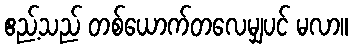
ဧည့်သည် တစ်ယောက်တလေမျှပင် မလာ။